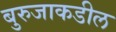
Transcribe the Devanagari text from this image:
बुरुजाकडील